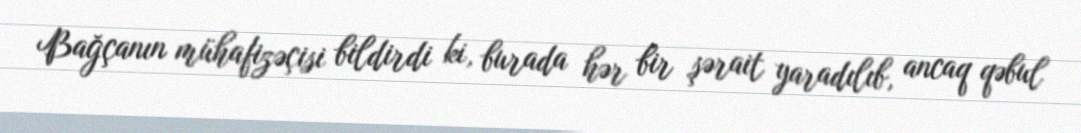
Bağçanın mühafizəçisi bildirdi ki, burada hər bir şərait yaradılıb, ancaq qəbul